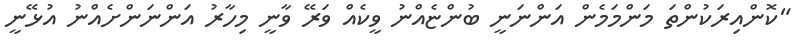
"ކޮންއިރަކުންތަ މަންމަމެން އަންނަނީ ބުންޏެއްނު ވީކެއް ވަރޭ ވާނީ މިހާރު އަންނަންށެއްނު އުޅޭނީ